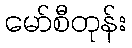
မော်စီတုန်း